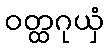
ဝတ္ထဂုယှံ